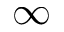
\infty